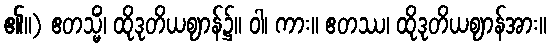
၏။) ဧတသ္မိံ၊ ထိုဒုတိယဈာန်၌။ ဝါ၊ ကား။ ဧတဿ၊ ထိုဒုတိယဈာန်အား။